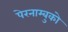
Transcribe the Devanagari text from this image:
पेरनाम्बुको